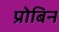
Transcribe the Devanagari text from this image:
प्रोबिन